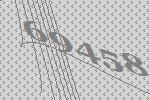
69458